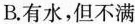
B. 有水，但不满